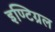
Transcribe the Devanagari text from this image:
इण्टिग्रल